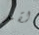
لقد